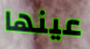
عينها